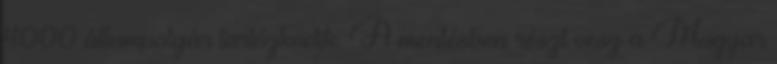
4000 állampolgár tartózkodik. A mentésben részt vesz a Magyar